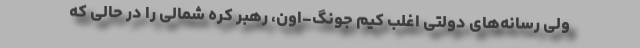
ولی رسانه‌های دولتی اغلب کیم جونگ-اون، رهبر کره شمالی را در حالی که